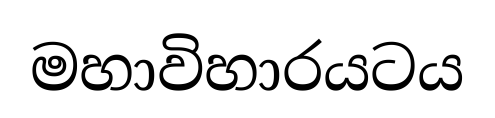
මහාවිහාරයටය